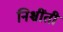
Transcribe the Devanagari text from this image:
निश्चींती